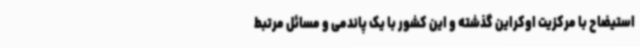
استیضاح با مرکزیت اوکراین گذشته و این کشور با یک پاندمی و مسائل مرتبط